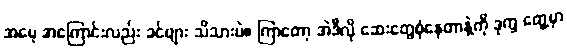
အမေ့ အကြောင်းလည်း ခင်ဗျား သိသားပဲ။ ကြာတော့ အဲဒီလို ဆေးတွေစုံနေတာနဲ့ကို ဒုက္ခ တွေ့မှာ